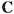
C